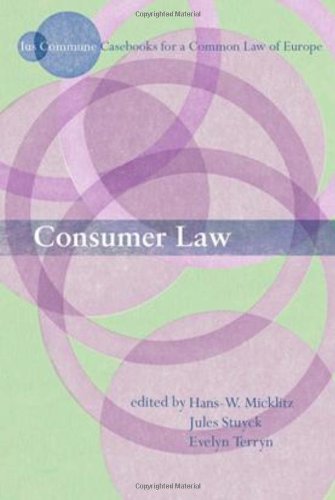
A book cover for Cases, Materials and Text on Consumer Law: Ius Commune Casebooks for a Common Law of Europe (Ius Commune Casebooks for the Common Law of Europe); Law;